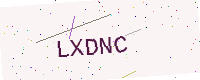
Text: LXDNC